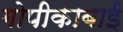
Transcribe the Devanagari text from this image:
गोपीकाबाई